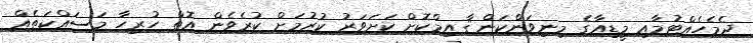
ދެމެހެއްޓުމާއި މީޑިއާގެ މިނިވަންކަން ޤާއިމްކޮށް ކަށަވަރު ކުރުމަށް ކުރެވެން އޮތް ހުރިހާ މަސައްކަތެއް